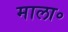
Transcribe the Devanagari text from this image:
माला॰